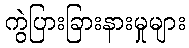
ကွဲပြားခြားနားမှုများ